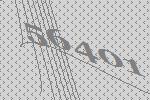
56401